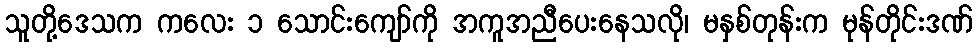
သူတို့ဒေသက ကလေး ၁ သောင်းကျော်ကို အကူအညီပေးနေသလို၊ မနှစ်တုန်းက မုန်တိုင်းဒဏ်